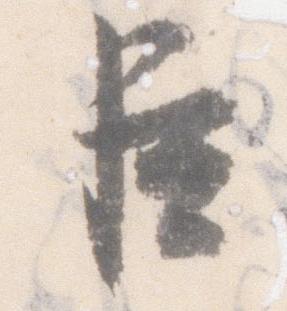
臣